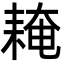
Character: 䎨